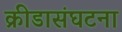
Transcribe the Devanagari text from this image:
क्रीडासंघटना